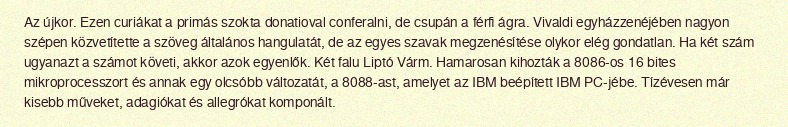
Az újkor. Ezen curiákat a primás szokta donatioval conferalni, de csupán a férfi ágra. Vivaldi egyházzenéjében nagyon szépen közvetítette a szöveg általános hangulatát, de az egyes szavak megzenésítése olykor elég gondatlan. Ha két szám ugyanazt a számot követi, akkor azok egyenlők. Két falu Liptó Várm. Hamarosan kihozták a 8086-os 16 bites mikroprocesszort és annak egy olcsóbb változatát, a 8088-ast, amelyet az IBM beépített IBM PC-jébe. Tízévesen már kisebb műveket, adagiókat és allegrókat komponált.